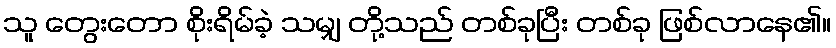
သူ တွေးတော စိုးရိမ်ခဲ့ သမျှ တို့သည် တစ်ခုပြီး တစ်ခု ဖြစ်လာနေ၏။